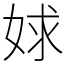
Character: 㛏